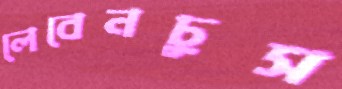
লেবেনচুস